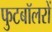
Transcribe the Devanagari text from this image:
फुटबॉलरों